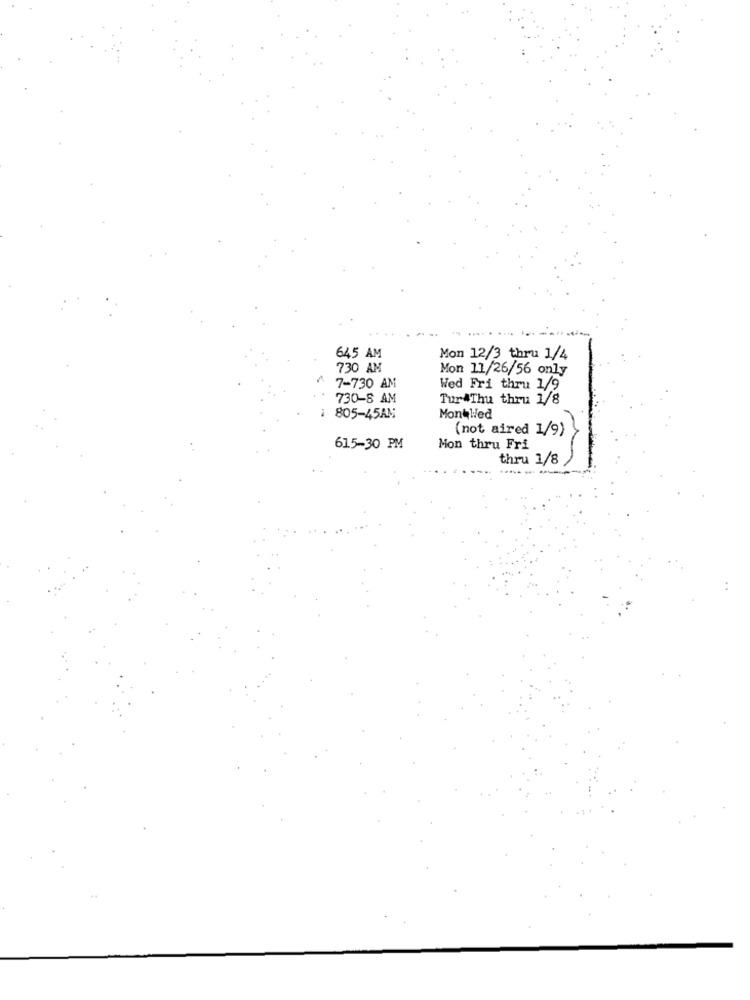
645 AM
Mon 12/3 thru 1/4
730 AM
Mon 11/26/56 only
7-730 AM
Wed Fri thru 1/9
730-8 AM
Tur Thu thru 1/8
: 805-45AM
Montlled
(not aired 1/9)
615-30 PM
Mon thru Fri
thru 1/8